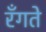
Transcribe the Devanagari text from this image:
रँगते